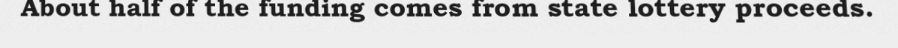
About half of the funding comes from state lottery proceeds.